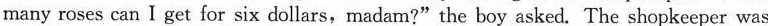
many roses can I get for six dollars,madam?"the boy asked. The shopkeeper was